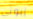
زبوني